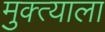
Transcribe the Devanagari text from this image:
मुक्त्याला